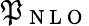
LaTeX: \mathfrak{P}_{\mathrm{{~N~L~O~}}}